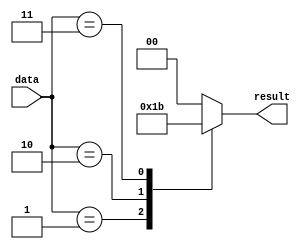
module parallel_case_example (
input wire [3:0] data,
output reg [1:0] result
);

always @*
begin
case(data)
4'b0000: result = 2'b00;
4'b0001: result = 2'b01;
4'b0010: result = 2'b10;
4'b0011: result = 2'b11;
default: result = 2'b00;
endcase
end
endmodule